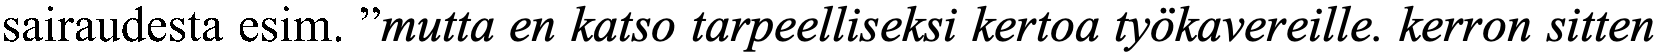
sairaudesta esim. ”mutta en katso tarpeelliseksi kertoa työkavereille. kerron sitten